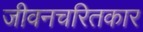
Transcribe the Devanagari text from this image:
जीवनचरितकार